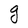
Character: g